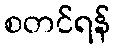
စတင်ရန်